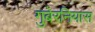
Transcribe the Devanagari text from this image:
गुबेरनियास